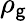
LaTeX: \rho_{\mathsf{g}}